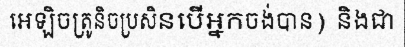
អេឡិចត្រូនិចប្រសិនបើអ្នកចង់បាន) និងជា